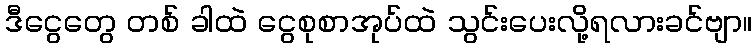
ဒီငွေတွေ တစ် ခါထဲ ငွေစုစာအုပ်ထဲ သွင်းပေးလို့ရလားခင်ဗျာ။